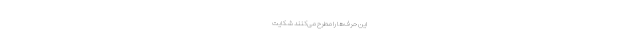
این حرف‌ها را مطرح می‌‌‌‌‌‌‌‌‌‌‌‌‌‌‌‌‌‌‌‌‌‌‌‌‌‌‌‌‌‌‌‌‌‌‌کنند شکایت